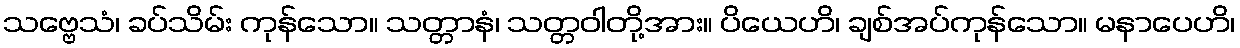
သဗ္ဗေသံ၊ ခပ်သိမ်း ကုန်သော။ သတ္တာနံ၊ သတ္တဝါတို့အား။ ပိယေဟိ၊ ချစ်အပ်ကုန်သော။ မနာပေဟိ၊